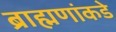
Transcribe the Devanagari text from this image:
ब्राह्मणांकडे